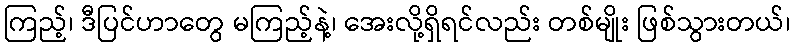
ကြည့်၊ ဒီပြင်ဟာတွေ မကြည့်နဲ့၊ အေးလို့ရှိရင်လည်း တစ်မျိုး ဖြစ်သွားတယ်၊